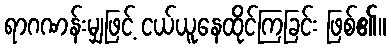
ရာဂဏန်းမျှဖြင့် ငယ်ယူနေထိုင်ကြခြင်း ဖြစ်၏။